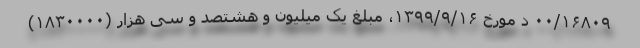
۰۰/۱۶۸۰۹ د مورخ ۱۳۹۹/۹/۱۶، مبلغ یک میلیون و هشتصد و سی هزار (۱۸۳۰۰۰۰)